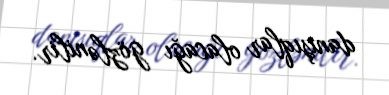
danışıqlar olacağı gözlənilir.